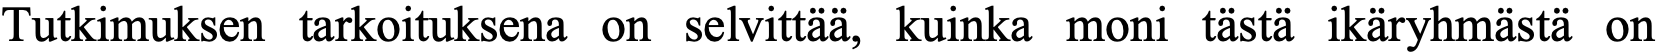
Tutkimuksen tarkoituksena on selvittää, kuinka moni tästä ikäryhmästä on